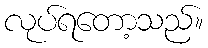
လုပ်ရတော့သည်။